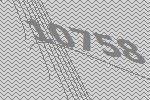
10758